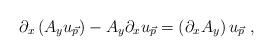
LaTeX: \begin{align*}\partial_x \left( A_y u_{\vec{p}} \right) - A_y \partial_x u_{\vec{p}} = \left( \partial_x A_y \right) u_{\vec{p}}~,\end{align*}